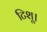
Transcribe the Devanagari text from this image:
टिशू।